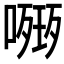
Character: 𭊧